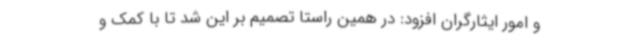
و امور ایثارگران افزود: در همین راستا تصمیم بر این شد تا با کمک و